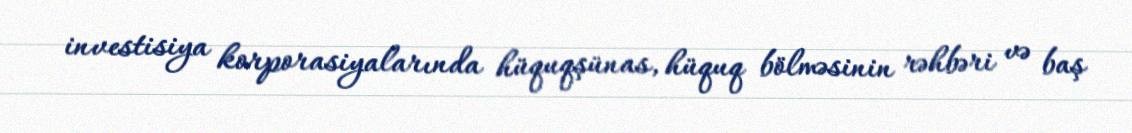
investisiya korporasiyalarında hüquqşünas, hüquq bölməsinin rəhbəri və baş